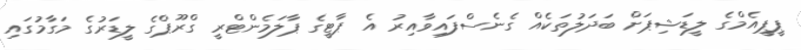
ޕީޕީއެމްގެ ލީޑަޝިޕަށް ބަދަލުތަކެއް ގެނެސްފައިވާއިރު އެ ޕާޓީގެ ޕާލަމެންޓްރީ ގްރޫޕްގެ ލީޑަރުގެ މަގާމުގައި